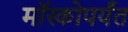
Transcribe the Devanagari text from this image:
मॉस्कोपर्यंत